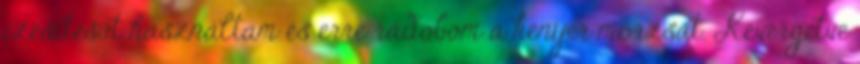
ízesítésűt használtam és erre rádobom a kenyér morzsát. Kevergetve